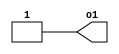
/***********************
*
* Jong-gyu Park
* pjk5401@gmail.com
* 2016/09/02
*
***********************/

module PNU_ONE(o1);
    output o1;
    assign o1=1;
endmodule